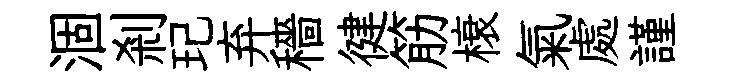
涸剎玘弃穡徤筋榱氣處謹